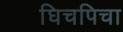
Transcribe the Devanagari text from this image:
घिचपिचा